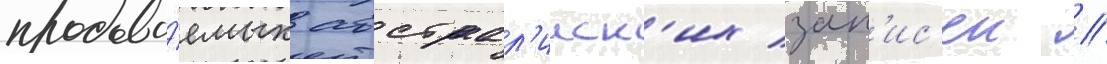
продава́емых австрал'ииск'их зап'ис'еи //